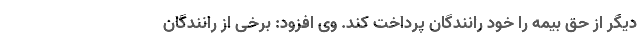
دیگر از حق بیمه را خود رانندگان پرداخت کند. وی افزود: برخی از رانندگان